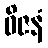
ဝိဇနံ